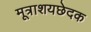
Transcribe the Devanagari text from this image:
मूत्राशयछेदक